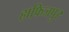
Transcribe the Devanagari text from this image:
हाफिजपुर